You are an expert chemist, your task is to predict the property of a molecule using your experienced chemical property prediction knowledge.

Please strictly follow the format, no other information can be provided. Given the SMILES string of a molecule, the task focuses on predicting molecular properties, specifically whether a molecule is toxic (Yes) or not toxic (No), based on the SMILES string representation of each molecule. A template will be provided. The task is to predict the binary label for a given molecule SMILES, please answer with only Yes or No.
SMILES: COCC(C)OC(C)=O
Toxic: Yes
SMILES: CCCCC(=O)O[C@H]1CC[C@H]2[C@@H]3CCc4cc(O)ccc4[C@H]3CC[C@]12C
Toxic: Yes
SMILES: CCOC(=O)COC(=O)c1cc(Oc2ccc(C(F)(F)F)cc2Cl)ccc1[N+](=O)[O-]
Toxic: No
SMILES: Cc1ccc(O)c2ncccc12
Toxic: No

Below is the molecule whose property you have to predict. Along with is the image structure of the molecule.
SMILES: Oc1ccc(C2(c3ccc(O)cc3)c3ccccc3-c3ccccc32)cc1
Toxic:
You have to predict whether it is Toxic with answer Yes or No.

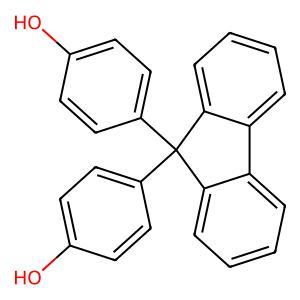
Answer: No